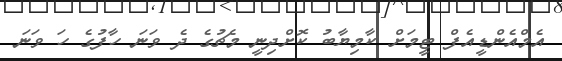
އެމްއެންޑީއެފް ޓީމަށް ކާމިޔާބު ކޮށްދިނީ މެޗުގެ ދެ ވަނަ ހާފުގެ ހަ ވަނަ